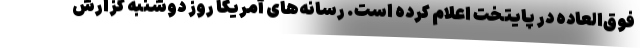
فوق‌العاده در پایتخت اعلام کرده است. رسانه‌های آمریکا روز دوشنبه گزارش